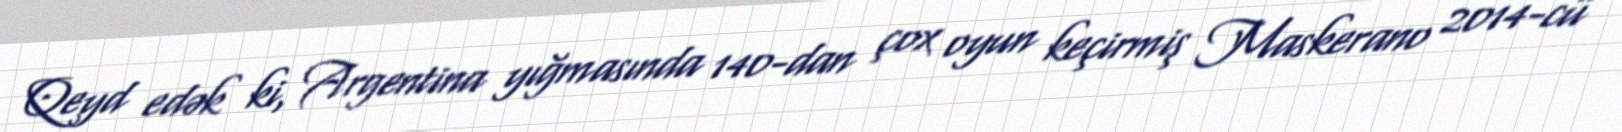
Qeyd edək ki, Argentina yığmasında 140-dan çox oyun keçirmiş Maskerano 2014-cü